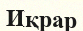
Иқрар